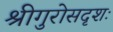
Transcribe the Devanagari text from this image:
श्रीगुरोसदृशः